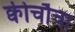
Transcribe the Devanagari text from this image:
क्वीचौचा